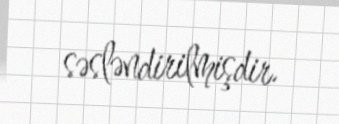
səsləndirilmişdir.